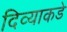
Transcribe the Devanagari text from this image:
दिव्याकडे